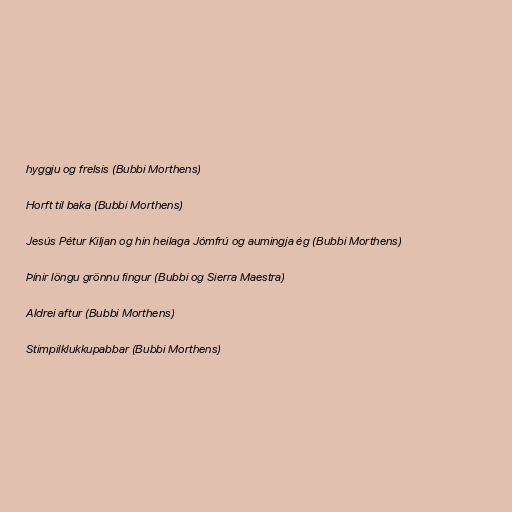
hyggju og frelsis (Bubbi Morthens)

Horft til baka (Bubbi Morthens)

Jesús Pétur Kiljan og hin heilaga Jómfrú og aumingja ég (Bubbi Morthens)

Þínir löngu grönnu fingur (Bubbi og Sierra Maestra)

Aldrei aftur (Bubbi Morthens)

Stimpilklukkupabbar (Bubbi Morthens)